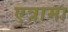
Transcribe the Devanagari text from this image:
एत्रामा